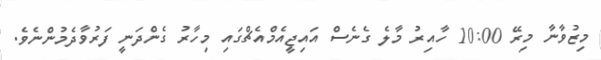
މިޒުވާނާ މިރޭ 10:00 ހާއިރު މާލެ ގެނެސް އައިޖީއެމްއެޗްގައި މިހާރު ގެންދަނީ ފަރުވާދެމުންނެވެ.